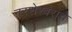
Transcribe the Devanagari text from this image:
नरशेश्‍वराचे